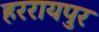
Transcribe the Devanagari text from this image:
हररायपुर